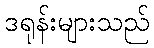
ဒရုန်းများသည်